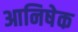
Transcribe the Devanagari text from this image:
आनिषेक